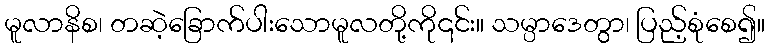
မူလာနိစ၊ တဆဲ့ခြောက်ပါးသောမူလတို့ကို၎င်း။ သမ္ပာဒေတွာ၊ ပြည့်စုံစေ၍။